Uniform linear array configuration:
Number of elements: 24
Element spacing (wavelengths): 0.5
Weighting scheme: hamming
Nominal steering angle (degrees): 15
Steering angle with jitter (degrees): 13.124
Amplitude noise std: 0.05
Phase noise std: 0.05

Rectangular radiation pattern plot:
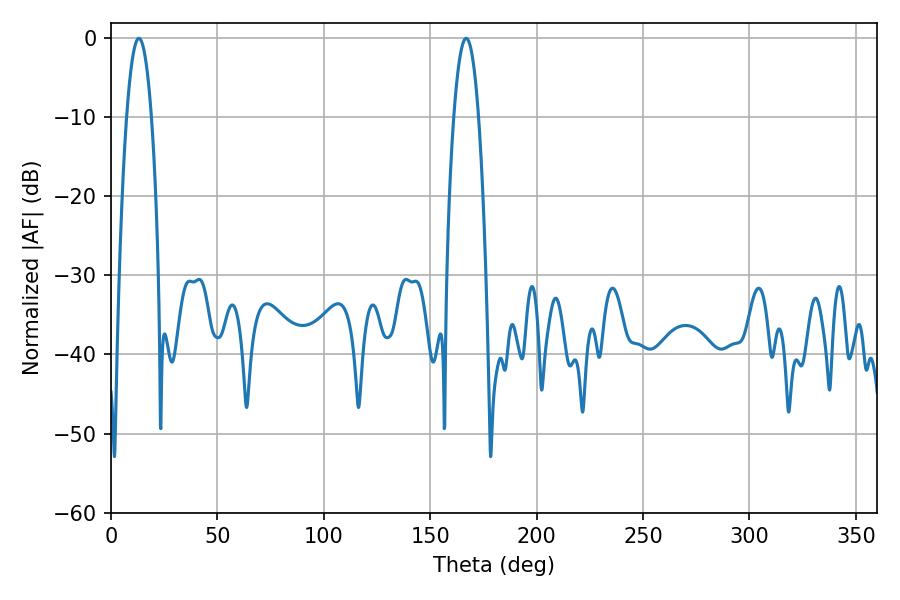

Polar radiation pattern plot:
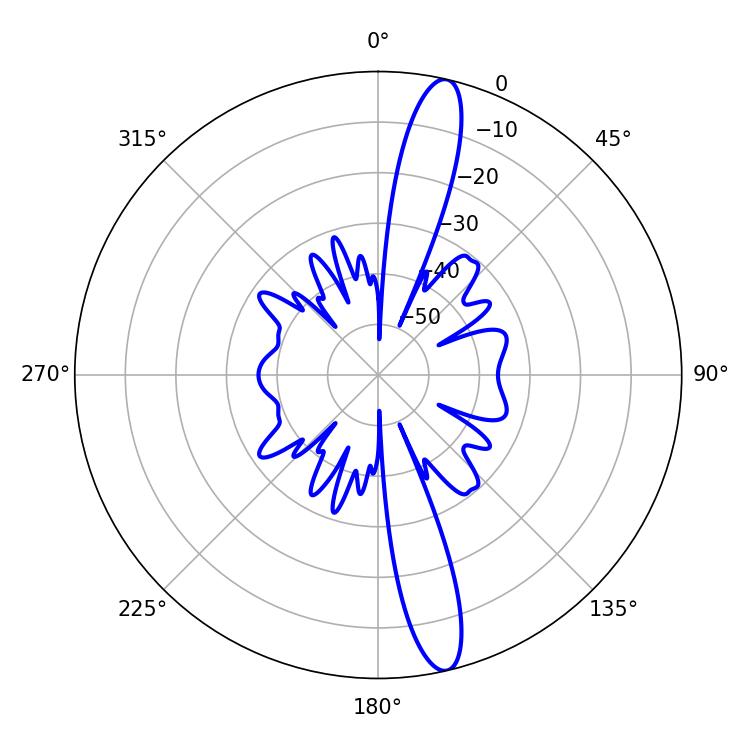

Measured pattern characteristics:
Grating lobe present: FALSE
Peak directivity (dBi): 15.609
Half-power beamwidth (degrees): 6.48
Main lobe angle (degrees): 13.14